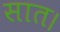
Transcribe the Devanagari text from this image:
सात।